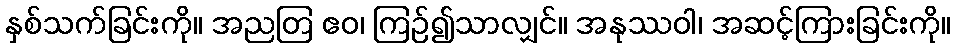
နှစ်သက်ခြင်းကို။ အညတြ ဧဝ၊ ကြဉ်၍သာလျှင်။ အနုဿဝါ၊ အဆင့်ကြားခြင်းကို။